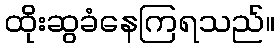
ထိုးဆွခံနေကြရသည်။